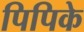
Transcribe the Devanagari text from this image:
पिपिके